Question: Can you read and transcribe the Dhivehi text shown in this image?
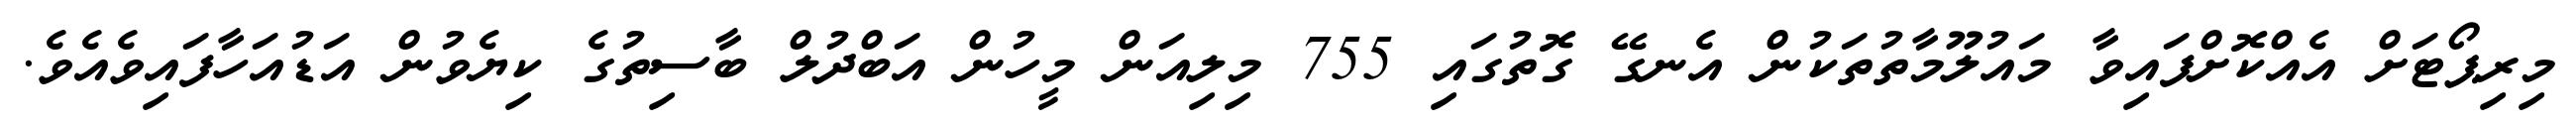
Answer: މިރިޕޯޓަށް އެއްކޮށްފައިވާ މައުލޫމާތުތަކުން އެނގޭ ގޮތުގައި 755 މިލިއަން މީހުން އަބްދުލް ބާސިތުގެ ކިޔެވުން އަޑުއަހާފައިވެއެވެ.